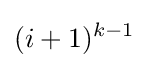
(i+1)^{k-1}